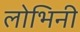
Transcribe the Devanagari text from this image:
लोभिनी